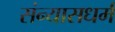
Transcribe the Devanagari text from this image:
संन्यासधर्म